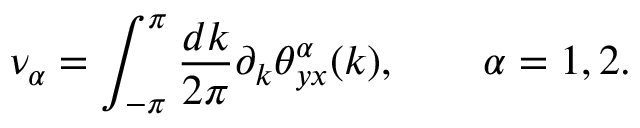
\nu _ { \alpha } = \int _ { - \pi } ^ { \pi } \frac { d k } { 2 \pi } \partial _ { k } \theta _ { y x } ^ { \alpha } ( k ) , \qquad \alpha = 1 , 2 .